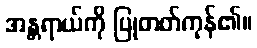
အန္တရာယ်ကို ပြုတတ်ကုန်၏။